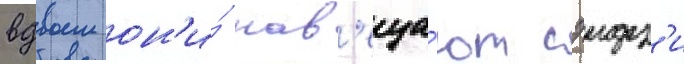
вдвоем он'и́ нав'еща́ют сэидз'и